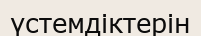
үстемдіктерін